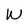
Character: W